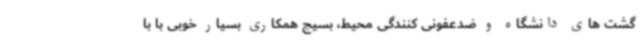
گشت های دانشگاه و ضدعفونی کنندگی محیط، بسیج همکاری بسیار خوبی با با